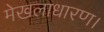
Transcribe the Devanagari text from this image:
मेखलाधारण।